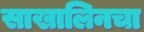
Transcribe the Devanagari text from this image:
साखालिनचा